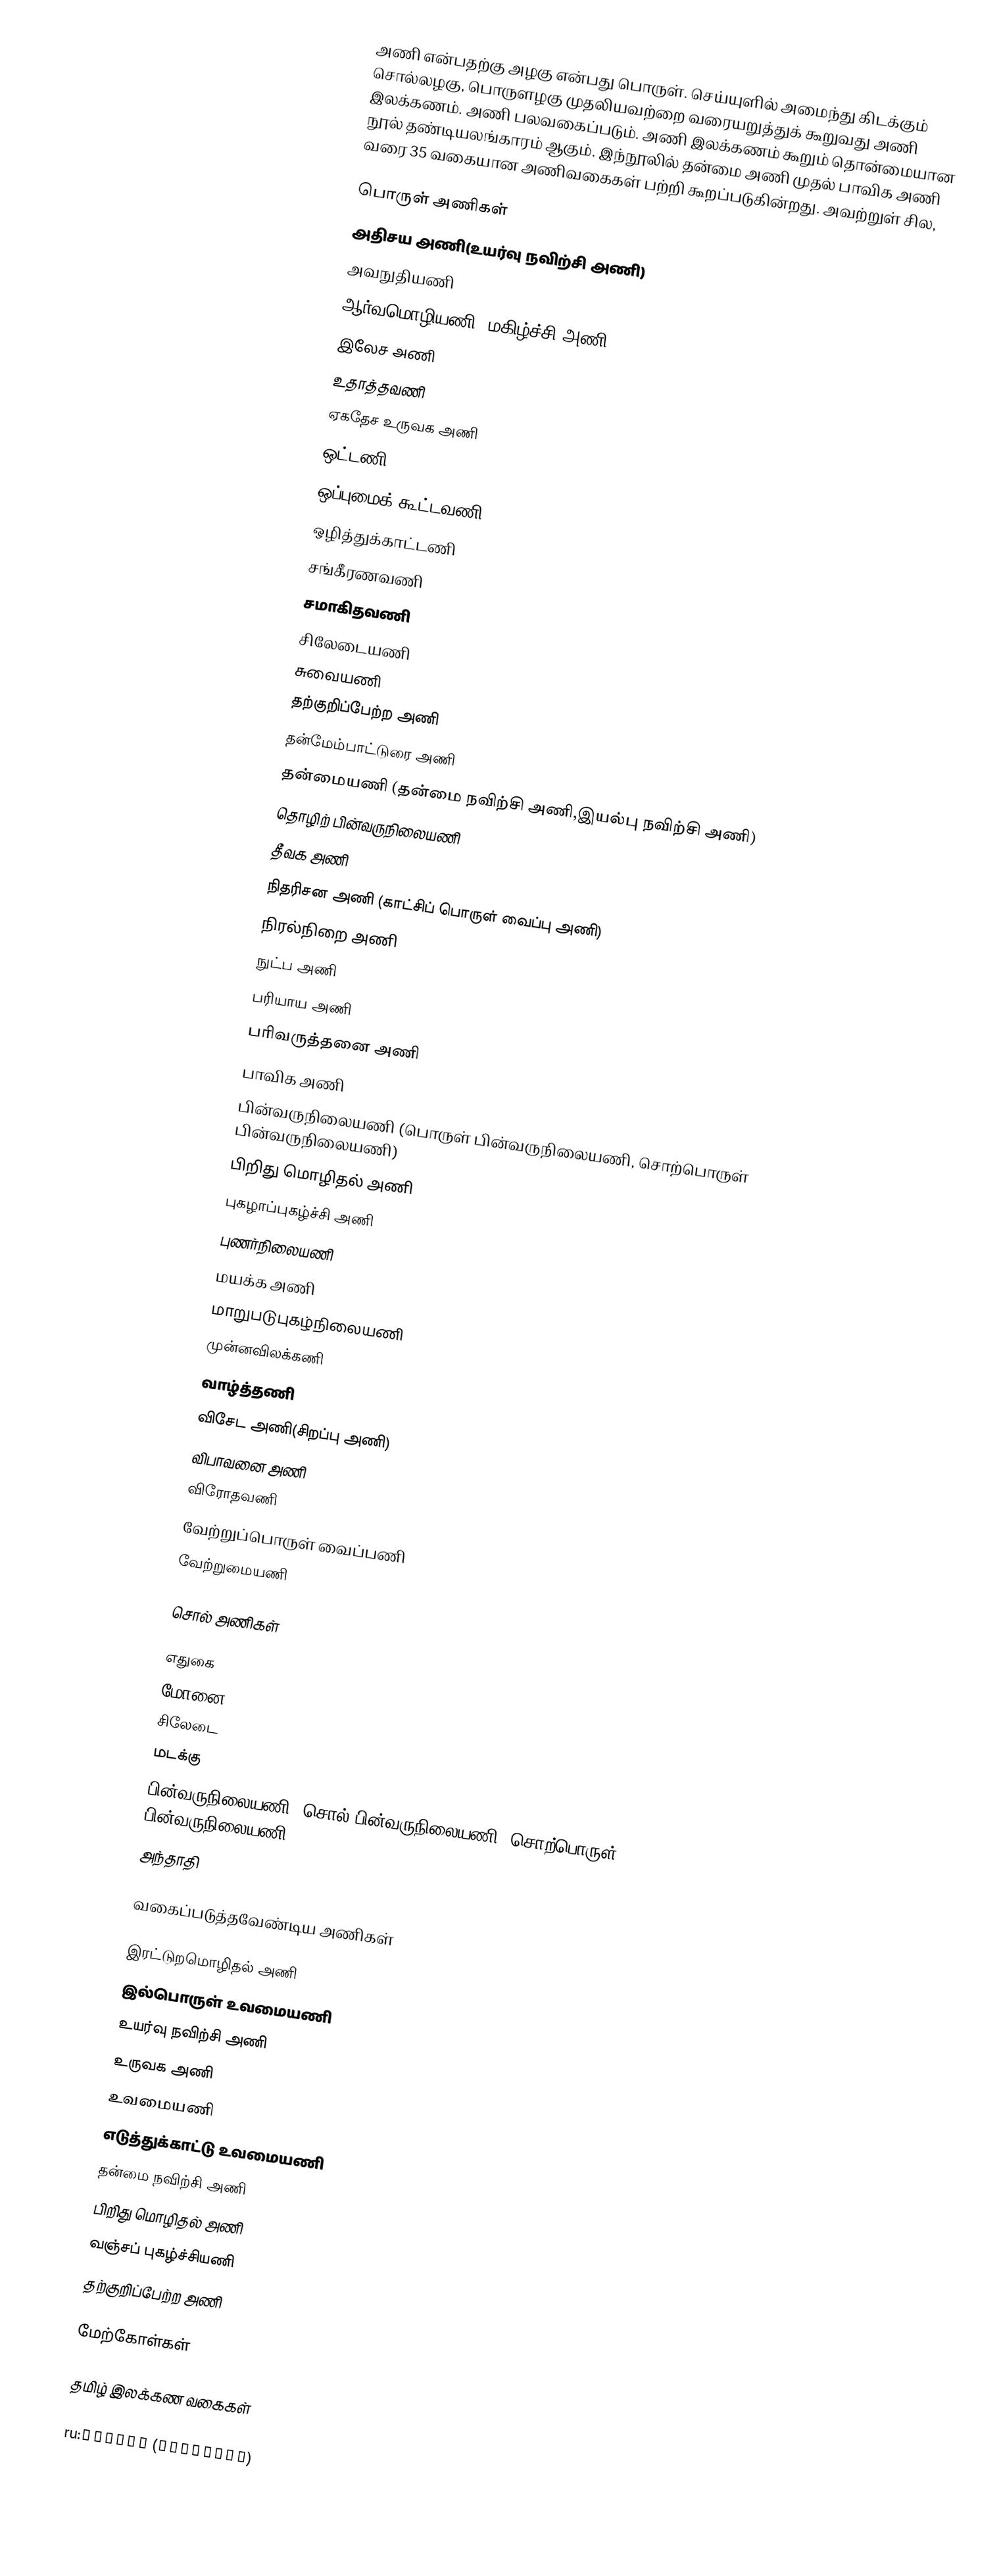
அணி என்பதற்கு அழகு  என்பது பொருள். செய்யுளில் அமைந்து கிடக்கும் சொல்லழகு, பொருளழகு முதலியவற்றை வரையறுத்துக் கூறுவது அணி இலக்கணம். அணி பலவகைப்படும். அணி இலக்கணம் கூறும் தொன்மையான நூல் தண்டியலங்காரம் ஆகும். இந்நூலில் தன்மை அணி முதல் பாவிக அணி வரை 35 வகையான அணிவகைகள் பற்றி கூறப்படுகின்றது. அவற்றுள் சில,

பொருள் அணிகள்
 அதிசய அணி(உயர்வு நவிற்சி அணி)
 அவநுதியணி
 ஆர்வமொழியணி (மகிழ்ச்சி அணி)
 இலேச அணி
 உதாத்தவணி
 ஏகதேச உருவக அணி
 ஒட்டணி
 ஒப்புமைக் கூட்டவணி
 ஒழித்துக்காட்டணி
 சங்கீரணவணி
 சமாகிதவணி
 சிலேடையணி
 சுவையணி
 தற்குறிப்பேற்ற அணி
 தன்மேம்பாட்டுரை அணி
 தன்மையணி (தன்மை நவிற்சி அணி,இயல்பு நவிற்சி அணி)
தொழிற் பின்வருநிலையணி
 தீவக அணி
 நிதரிசன அணி (காட்சிப் பொருள் வைப்பு அணி)
 நிரல்நிறை அணி
 நுட்ப அணி
 பரியாய அணி
 பரிவருத்தனை அணி
 பாவிக அணி
 பின்வருநிலையணி (பொருள் பின்வருநிலையணி, சொற்பொருள் பின்வருநிலையணி)
பிறிது மொழிதல் அணி
 புகழாப்புகழ்ச்சி அணி
 புணர்நிலையணி
 மயக்க அணி
 மாறுபடுபுகழ்நிலையணி
 முன்னவிலக்கணி
 வாழ்த்தணி
 விசேட அணி(சிறப்பு அணி)
 விபாவனை அணி
 விரோதவணி
 வேற்றுப்பொருள் வைப்பணி
 வேற்றுமையணி

சொல் அணிகள்

 எதுகை
 மோனை
 சிலேடை
 மடக்கு
 பின்வருநிலையணி (சொல் பின்வருநிலையணி, சொற்பொருள் பின்வருநிலையணி)
 அந்தாதி

வகைப்படுத்தவேண்டிய அணிகள்

 இரட்டுறமொழிதல் அணி
 இல்பொருள் உவமையணி
 உயர்வு நவிற்சி அணி
 உருவக அணி
 உவமையணி
 எடுத்துக்காட்டு உவமையணி
 தன்மை நவிற்சி அணி
 பிறிது மொழிதல் அணி
 வஞ்சப் புகழ்ச்சியணி
 தற்குறிப்பேற்ற அணி

மேற்கோள்கள்

தமிழ் இலக்கண வகைகள்

ru:Фигура (риторика)